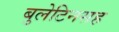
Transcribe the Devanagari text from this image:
बुलेटिनसह